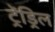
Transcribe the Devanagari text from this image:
ट्रेंड्रिल